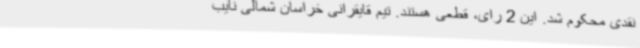
نقدی محکوم شد. این 2 رای، قطعی هستند. تیم قایقرانی خراسان شمالی نایب